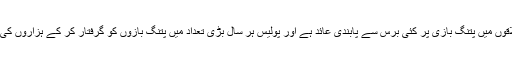
پاکستان میں پنجاب سمیت کئی علاقوں میں پتنگ بازی پر کئی برس سے پابندی عائد ہے اور پولیس ہر سال بڑی تعداد میں پتنگ بازوں کو گرفتار کر کے ہزاروں کی تعداد میں پتنگیں ضبط کرتی ہے۔